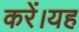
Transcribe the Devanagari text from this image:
करें।यह